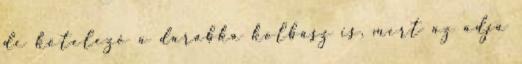
de kötelező a darabka kolbász is, mert az adja